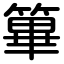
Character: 篳